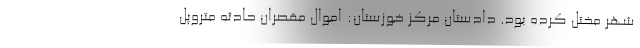
شهر مختل کرده بود. دادستان مرکز خوزستان: اموال مقصران حادثه متروپل